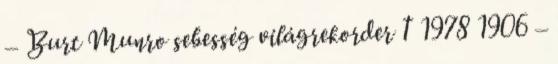
– Burt Munro sebesség világrekorder † 1978 1906 –